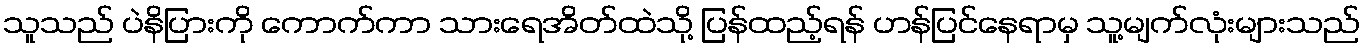
သူသည် ပဲနိပြားကို ကောက်ကာ သားရေအိတ်ထဲသို့ ပြန်ထည့်ရန် ဟန်ပြင်နေရာမှ သူ့မျက်လုံးများသည်